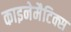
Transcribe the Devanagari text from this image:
काइनेमैटिक्स